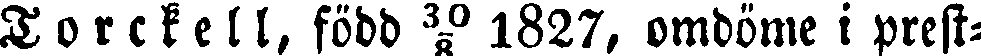
Torckell, född 30/8 1827, omdöme i prest-